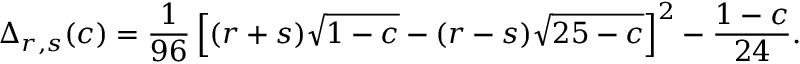
\Delta _ { r , s } ( c ) = \frac { 1 } { 9 6 } \left[ ( r + s ) \sqrt { 1 - c } - ( r - s ) \sqrt { 2 5 - c } \right] ^ { 2 } - \frac { 1 - c } { 2 4 } .